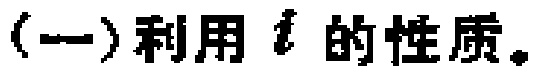
（一）利用 \(i\) 的性质。